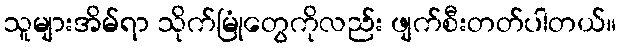
သူများအိမ်ရာ သိုက်မြုံတွေကိုလည်း ဖျက်စီးတတ်ပါတယ်။